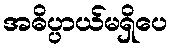
အဓိပ္ပာယ်မရှိပေ